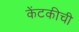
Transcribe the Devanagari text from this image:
केंटकीची